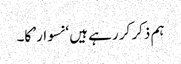
ہم ذکر کر رہے ہیں ‘نسوار’ کا۔